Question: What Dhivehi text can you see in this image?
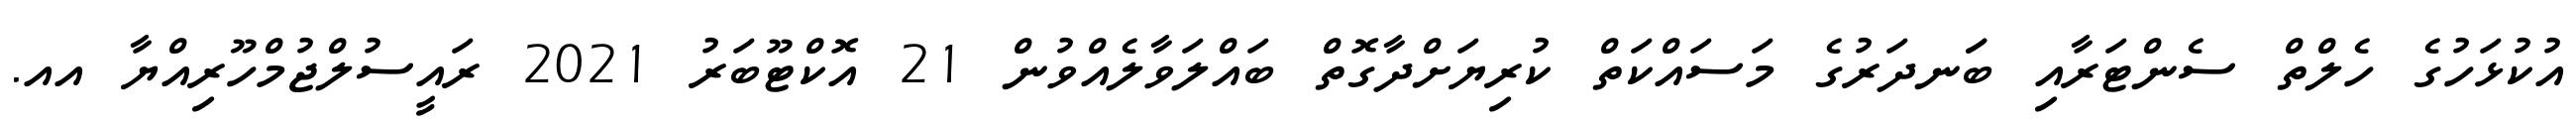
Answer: އުކުޅަހުގެ ހެލްތް ސެންޓަރާއި ބަަނދަރުގެ މަސައްކަތް ކުރިޔަށްދާގޮތް ބައްލަވާލެއްވުން 21 އޮކްޓޫބަރު 2021 ރައީސުލްޖުމްހޫރިއްޔާ އއ.